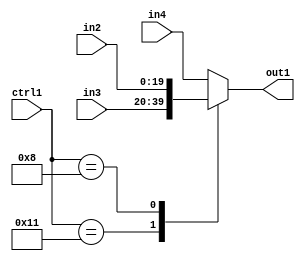
`timescale 1ps / 1ps
/*****************************************************************************
    Verilog RTL Description
    
    
    Created by: Stratus DpOpt 21.05.01 
*******************************************************************************/

module SobelFilter_N_Mux_20_3_14_1 (
	in4,
	in3,
	in2,
	ctrl1,
	out1
	); /* architecture "behavioural" */ 
input [19:0] in4,
	in3,
	in2;
input [4:0] ctrl1;
output [19:0] out1;
wire [19:0] asc001;

reg [19:0] asc001_tmp_0;
assign asc001 = asc001_tmp_0;
always @ (ctrl1 or in3 or in2 or in4) begin
	casez (ctrl1)
		5'B10001 : asc001_tmp_0 = in3 ;
		5'B01000 : asc001_tmp_0 = in2 ;
		default : asc001_tmp_0 = in4 ;
	endcase
end

assign out1 = asc001;
endmodule

/* CADENCE  v7P2Sw0= : u9/ySxbfrwZIxEzHVQQV8Q== ** DO NOT EDIT THIS LINE ******/